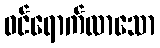
ဝင်ရောက်လာသော